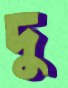
দু